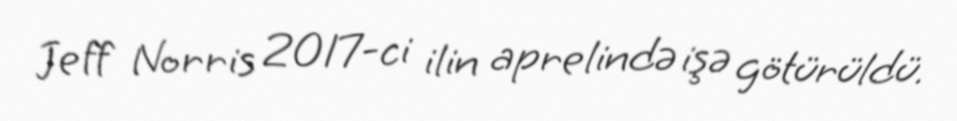
Jeff Norris 2017-ci ilin aprelində işə götürüldü.